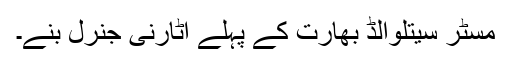
مسٹر سیتلوالڈ بھارت کے پہلے اٹارنی جنرل بنے۔